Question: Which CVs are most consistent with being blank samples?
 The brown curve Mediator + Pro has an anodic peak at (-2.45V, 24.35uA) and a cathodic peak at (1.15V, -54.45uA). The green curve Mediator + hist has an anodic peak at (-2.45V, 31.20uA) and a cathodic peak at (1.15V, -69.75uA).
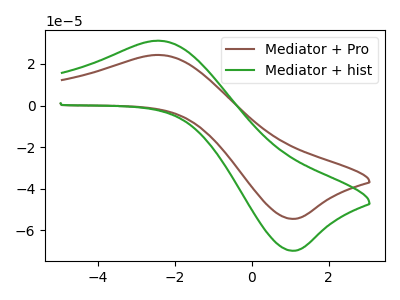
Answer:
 <answer>There are not any CV's on this graph that are likely to be blanks.</answer>
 <eval>none</eval>